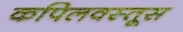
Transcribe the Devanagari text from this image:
कपिलवस्तूस